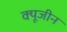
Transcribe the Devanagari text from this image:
क्यूजीन